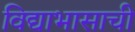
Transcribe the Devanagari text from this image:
विद्याभासाची